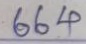
664